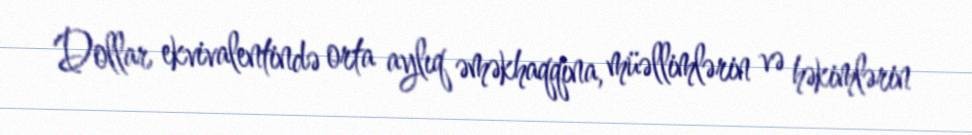
Dollar ekvivalentində orta aylıq əməkhaqqına, müəllimlərin və həkimlərin